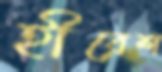
হীরেশ